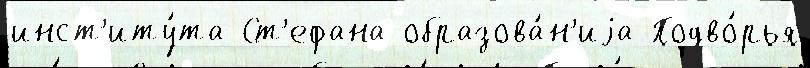
инст'иту́та Ст'ефана образова́н'иjа Подво́рья